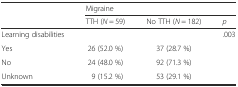
<table><thead><tr><td rowspan="2"></td><td colspan="3"><b>Migraine</b></td></tr><tr><td><b>TTH (<i>N</i> = 59)</b></td><td><b>No TTH (<i>N</i> = 182)</b></td><td><b><i>p</i></b></td></tr></thead><tbody><tr><td>Learning disabilities</td><td></td><td></td><td>.003</td></tr><tr><td>Yes</td><td>26 (52.0 %)</td><td>37 (28.7 %)</td><td></td></tr><tr><td>No</td><td>24 (48.0 %)</td><td>92 (71.3 %)</td><td></td></tr><tr><td>Unknown</td><td>9 (15.2 %)</td><td>53 (29.1 %)</td><td></td></tr></tbody></table>